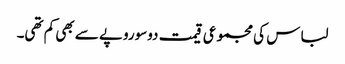
لباس کی مجموعی قیمت دوسوروپے سے بھی کم تھی۔